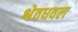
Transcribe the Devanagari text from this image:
श्वेतधवल